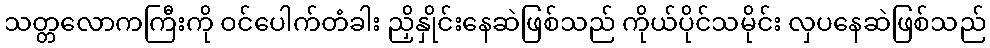
သတ္တလောကကြီးကို ဝင်ပေါက်တံခါး ညှိနှိုင်းနေဆဲဖြစ်သည် ကိုယ်ပိုင်သမိုင်း လှပနေဆဲဖြစ်သည်